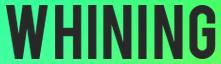
WHINING